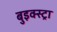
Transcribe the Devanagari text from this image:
बुइक्स्ट्रा